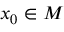
x _ { 0 } \in M